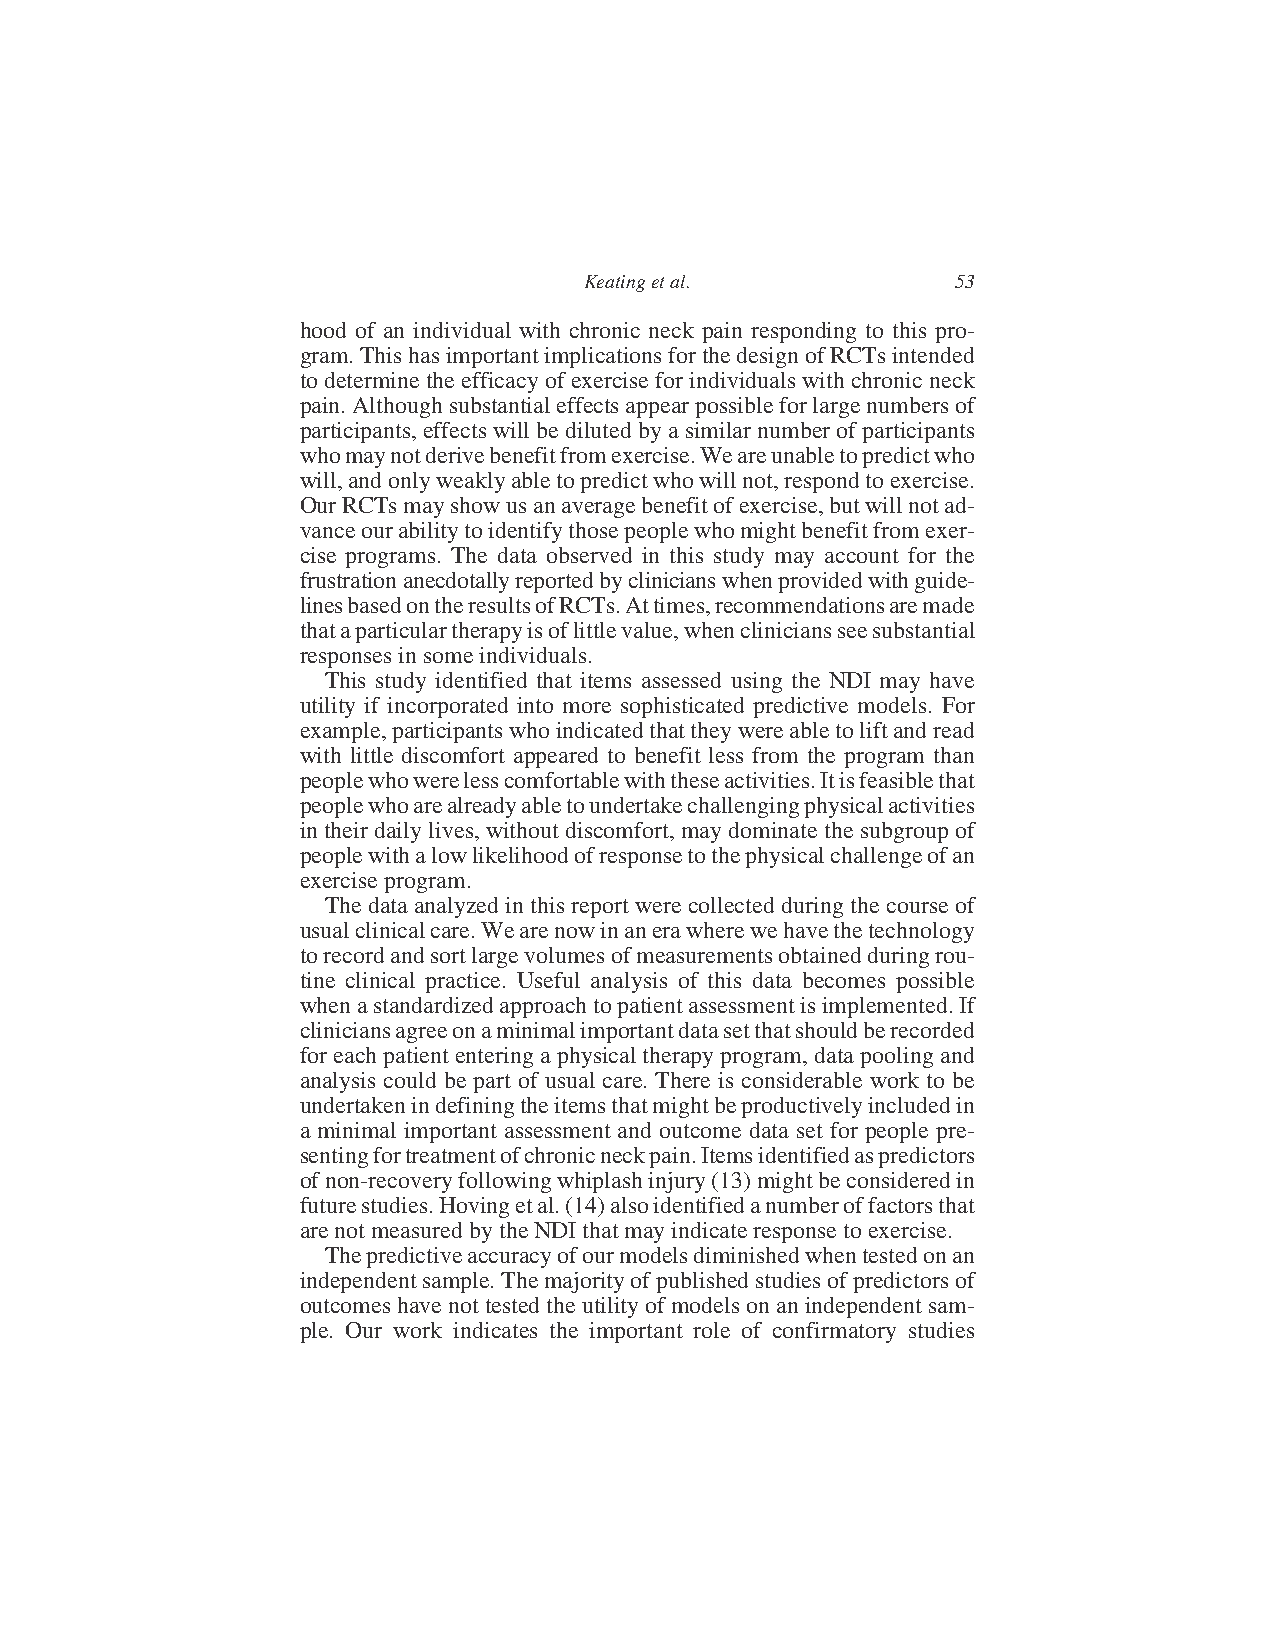
Keating et al.          53
 hood of an individual with chronic neck pain responding to this pro-
 gram.ThishasimportantimplicationsforthedesignofRCTsintended
 todeterminetheefficacyof exercisefor individualswithchronicneck
 pain.Althoughsubstantialeffectsappearpossibleforlargenumbersof
 participants,effectswillbedilutedbyasimilarnumberofparticipants
 whomaynotderivebenefitfromexercise.Weareunabletopredictwho
 will,andonlyweaklyabletopredictwhowillnot,respondtoexercise.
 OurRCTsmayshowusanaveragebenefitofexercise,butwillnotad-
 vanceourabilitytoidentifythosepeoplewhomightbenefitfromexer-
 cise programs. The data observed in this study may account for the
 frustrationanecdotallyreportedbyclinicianswhenprovidedwithguide-
 linesbasedontheresultsofRCTs.Attimes,recommendationsaremade
 thataparticulartherapyisoflittlevalue,whencliniciansseesubstantial
 responses in some individuals.
 This study identified that items assessed using the NDI may have
 utility if incorporated into more sophisticated predictive models. For
 example,participantswhoindicatedthattheywereabletoliftandread
 with little discomfort appeared to benefit less from the program than
 peoplewhowerelesscomfortablewiththeseactivities.Itisfeasiblethat
 peoplewhoarealreadyabletoundertakechallengingphysicalactivities
 intheirdailylives,withoutdiscomfort,maydominatethesubgroup of
 peoplewithalowlikelihoodofresponsetothephysicalchallengeofan
 exercise program.
 The data analyzed in this report were collectedduring the course of
 usualclinicalcare.Wearenowinanerawherewehavethetechnology
 torecordandsortlargevolumesofmeasurementsobtainedduringrou-
 tine clinical practice. Useful analysis of this data becomes possible
 whenastandardizedapproachtopatientassessmentisimplemented.If
 cliniciansagreeonaminimalimportantdatasetthatshouldberecorded
 for eachpatiententeringa physicaltherapyprogram, datapoolingand
 analysis could be part of usual care. There is considerable work to be
 undertakenindefiningtheitemsthatmightbeproductivelyincludedin
 a minimal important assessment and outcome data set for people pre-
 sentingfortreatmentofchronicneckpain.Itemsidentifiedaspredictors
 ofnon-recoveryfollowingwhiplashinjury(13)mightbeconsideredin
 futurestudies.Hovingetal.(14)alsoidentifiedanumberoffactorsthat
 are not measured by theNDIthat may indicate response to exercise.
 Thepredictiveaccuracyofourmodelsdiminishedwhentestedonan
 independentsample.Themajorityofpublishedstudiesofpredictorsof
 outcomeshavenottestedtheutilityofmodelsonanindependentsam-
 ple. Our work indicates the important role of confirmatory studies